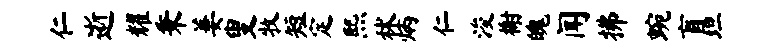
仁逝耀秉萋叟牧短定熙秫炳仁浚榭魄闻拂蜿盲坦